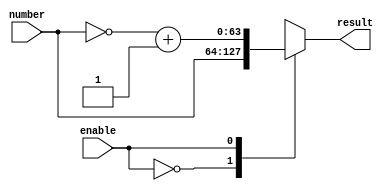
/* Calcula o negativo de um nmero, em complemento de dois, quando ativo
    -> enable = 0: mdulo desativado; retorno do nmero original
    -> enable = 1: mdulo ativado; retorno do oposto do nmero original
*/
module negative #(parameter N = 64) (
    input wire [N-1:0] number, /* nmero cujo oposto se deseja calcular */
    input wire enable, /* define se o mdulo est ativado ou no */
    output reg [N-1:0] result /* resultado da operao */
);
    /* clculo do negativo do nmero */
    wire [N-1:0] neg;
    assign neg = ~number + 1;

    /* ativao com mudana nas entradas */
    always @(number or enable) begin
        case (enable)
            0: result <= number; /* mdulo desativado, retornar number */
            1: result <= neg; /* mdulo ativado, retornar -number */
        endcase
    end

endmodule //somador